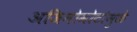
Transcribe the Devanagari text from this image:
अजिनोमोटोमुळे